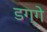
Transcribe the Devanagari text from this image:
डग्गे